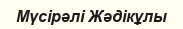
Мүсірәлі Жәдікұлы